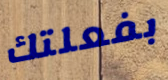
بفعلتك